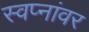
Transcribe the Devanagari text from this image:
स्वप्नांवर